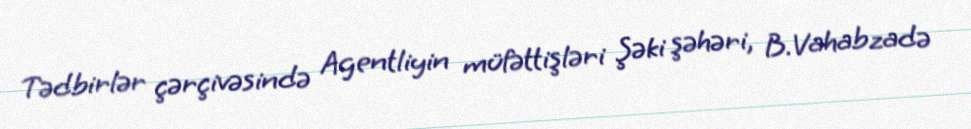
Tədbirlər çərçivəsində Agentliyin müfəttişləri Şəki şəhəri, B.Vahabzadə